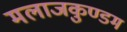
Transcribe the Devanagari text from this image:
मलाजकुण्डम